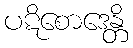
ပဋိစောဒေန္တိ